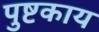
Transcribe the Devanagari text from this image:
पुष्टकाय